Madras plague regulations and rules - Volume 2
Disease focus: Plague
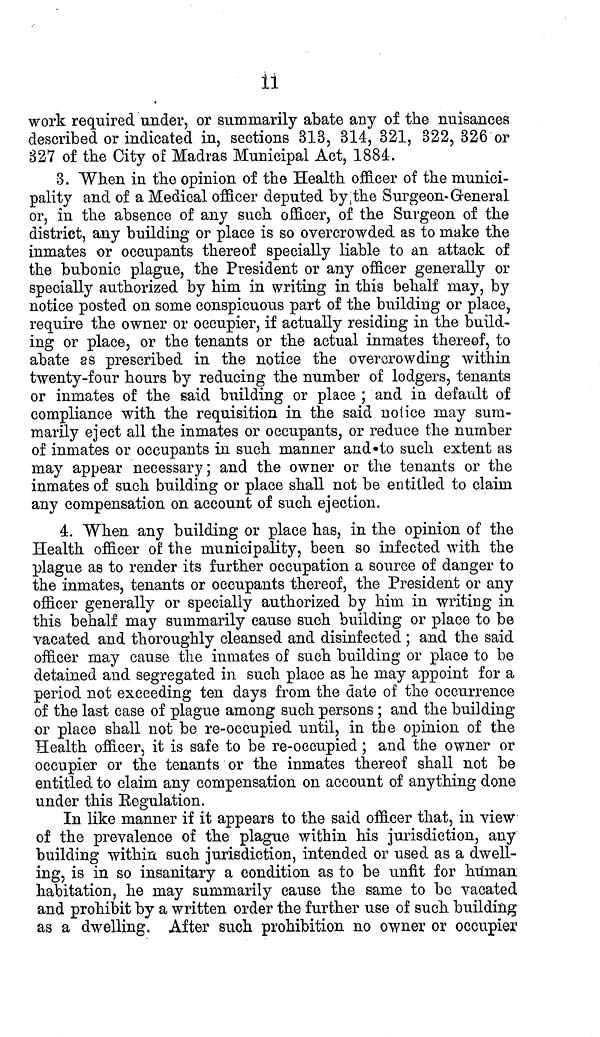
11
work required under, or summarily abate any of the nuisances
described or indicated in, sections 313, 314, 321, 322, 326 or
327 of the City of Madras Municipal Act, 1884.
3. When in the opinion of the Health officer of the munici-
pality and of a Medical officer deputed by the Surgeon-General
or, in the absence of any such officer, of the Surgeon of the
district, any building or place is so overcrowded as to make the
inmates or occupants thereof specially liable to an attack of
the bubonic plague, the President or any officer generally or
specially authorized by him in writing in this behalf may, by
notice posted on some conspicuous part of the building or place,
require the owner or occupier, if actually residing in the build-
ing or place, or the tenants or the actual inmates thereof, to
abate as prescribed in the notice the overcrowding within
twenty-four hours by reducing the number of lodgers, tenants
or inmates of the said building or place ; and in default of
compliance with the requisition in the said notice may sum-
marily eject all the inmates or occupants, or reduce the number
of inmates or occupants in such manner and to such extent as
may appear necessary; and the owner or the tenants or the
inmates of such building or place shall not be entitled to claim
any compensation on account of such ejection.
4. When any building or place has, in the opinion of the
Health officer of the municipality, been so infected with the
plague as to render its further occupation a source of danger to
the inmates, tenants or occupants thereof, the President or any
officer generally or specially authorized by him in writing in
this behalf may summarily cause such building or place to be
vacated and thoroughly cleansed and disinfected; and the said
officer may cause the inmates of such building or place to be
detained and segregated in such place as he may appoint for a
period not exceeding ten days from, the date of the occurrence
of the last case of plague among such persons ; and the building
or place shall not be re-occupied until, in the opinion of the
Health officer, it is safe to be re-occupied; and the owner or
occupier or the tenants or the inmates thereof shall not be
entitled to claim any compensation on account of anything done
under this Regulation.
In like manner if it appears to the said officer that, in view
of the prevalence of the plague within his jurisdiction, any
building within such jurisdiction, intended or used as a dwell-
ing, is in so insanitary a condition as to be unfit for human
habitation, he may summarily cause the same to be vacated
and prohibit by a written order the further use of such building
as a dwelling. After such prohibition no owner or occupier